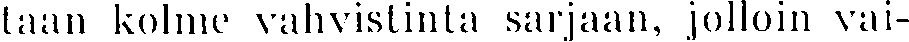
taan kolme vahvistinta sarjaan, jolloin vai-